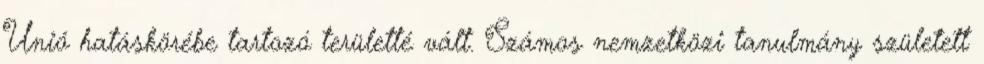
Unió hatáskörébe tartozó területté vált. Számos nemzetközi tanulmány született